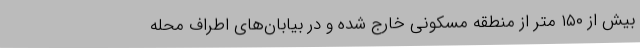
بیش از ۱۵۰ متر از منطقه مسکونی خارج شده و در بیابان‌های اطراف محله